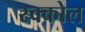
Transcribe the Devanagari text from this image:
स्क्कोल